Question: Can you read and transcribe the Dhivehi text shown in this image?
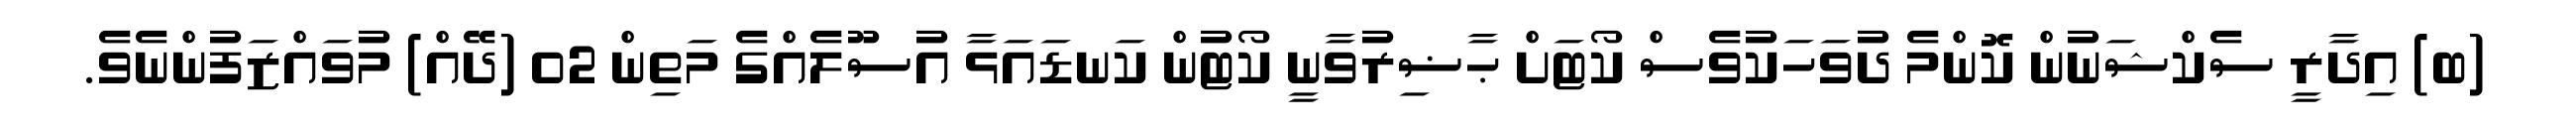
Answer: (ބ) އިދާރީ ސެކްޝަނުން ކޮންމެ ދުވަހަކުވެސް ކޯޓަށް ޙާޟިރުވާނީ ކޯޓުން ކަނޑައަޅާ އުސޫލެއްގެ މަތިން 02 (ދޭއް) މުވައްޒަފުންނެވެ.